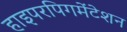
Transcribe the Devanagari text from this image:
हाइपरपिगमेंटेशन